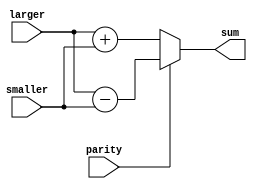
`timescale 1ns / 1ps
//////////////////////////////////////////////////////////////////////////////////
// Company: 
// Engineer: 
// 
// Design Name: 
// Module Name: floatcalc
// Project Name: 
// Target Devices: 
// Tool Versions: 
// Description: 
// 
// Dependencies: 
// 
// Revision:
// Revision 0.01 - File Created
// Additional Comments:
// 
//////////////////////////////////////////////////////////////////////////////////


module floatcalcadd(
input [23:0] larger, smaller,
input parity, //sign bits xor'd
output reg [24:0] sum //to handle in case of overflow
);

always @ (*)
    begin
        if (parity == 0)
            begin
            sum = larger + smaller;
            end
        else
            begin
            sum = larger - smaller;
            end    
    end
endmodule